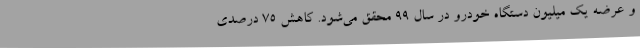
و عرضه یک میلیون دستگاه خودرو در سال 99 محقق می‌شود. کاهش 75 درصدی